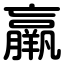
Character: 羸